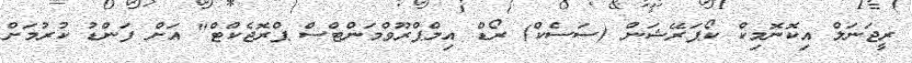
ރީޖަނަލް އިކޮނޮމިކް ކޯޕަރޭޝަން (ސަސެކް) ރޯޑް އިމްޕްރޫވްމަންޓްސް ޕްރޮޖެކްޓް" އަށް ފަންޑު ކުރުމަށް